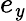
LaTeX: e_{\mathit{y}}